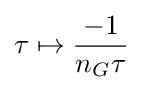
\tau \mapsto {\frac {-1}{n_{G}\tau }}